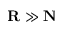
\mathbf R \gg \mathbf N